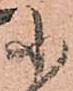
小